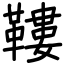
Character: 鞻